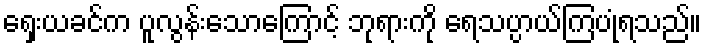
ရှေးယခင်က ပူလွန်းသောကြောင့် ဘုရားကို ရေသပ္ပာယ်ကြပုံရသည်။